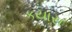
કયાસ